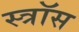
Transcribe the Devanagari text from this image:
स्त्रॉस